School attendance. Commencing and leaving dates, 1937
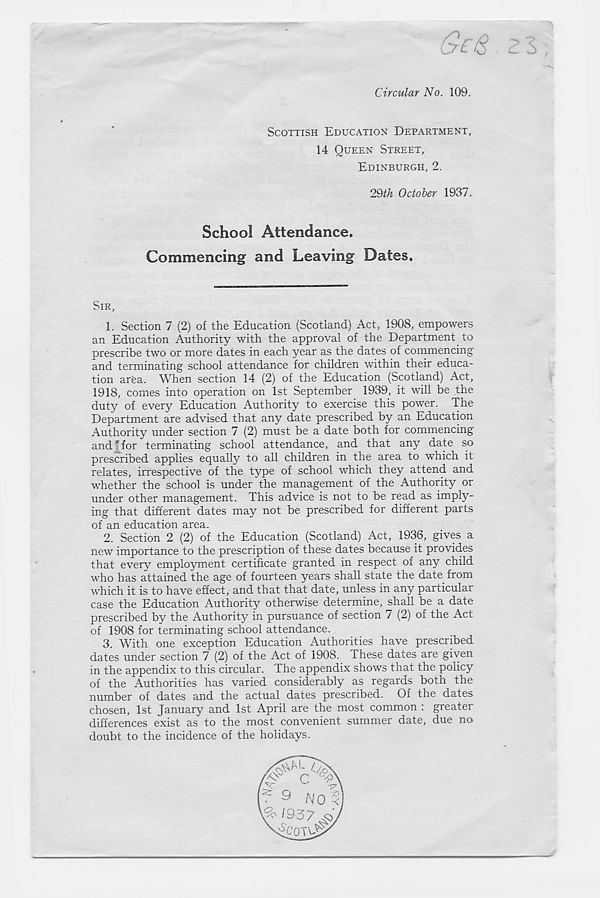
Circular No. 109.
SCOTTISH EDUCATION DEPARTMENT,
14 QUEEN STREET,
EDINBURGH, 2.
29th October 1937.
School Attendance,
Commencing and Leaving Dates.
SIR,
1. Section 7 (2) of the Education (Scotland) Act, 1908, empowers
an Education Authority with the approval of the Department to
prescribe two or more dates in each year as the dates of commencing
and terminating school attendance for children within their educa-
tion area. When section 14 (2) of the Education (Scotland) Act,
1918, comes into operation on 1st September 1939, it will be the
duty of every Education Authority to exercise this power. The
Department are advised that any date prescribed by an Education
Authority under section 7 (2) must be a date both for commencing
and ffor terminating school attendance, and that any date so
prescribed applies equally to all children in the area to which it
relates, irrespective of the type of school which they attend and
whether the school is under the management of the Authority or
under other management. This advice is not to be read as imply-
ing that different dates may not be prescribed for different parts
of an education area.
2. Section 2 (2) of the Education (Scotland) Act, 1936, gives a
new importance to the prescription of these dates because it provides
that every employment certificate granted in respect of any child
who has attained the age of fourteen years shall state the date from
which it is to have effect, and that that date, unless in any particular
case the Education Authority otherwise determine, shall be a date
prescribed by the Authority in pursuance of section 7 (2) of the Act
of 1908 for terminating school attendance.
3. With one exception Education Authorities have prescribed
dates under section 7 (2) of the Act of 1908. These dates are given
in the appendix to this circular. The appendix shows that the policy
of the Authorities has varied considerably as regards both the
number of dates and the actual dates prescribed. Of the dates
chosen, 1st January and 1st April are the most common : greater
differences exist as to the most convenient summer date, due no
doubt to the incidence of the holidays.